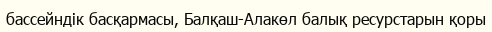
бассейндік басқармасы, Балқаш-Алакөл балық ресурстарын қоры